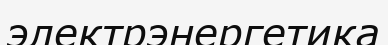
электрэнергетика